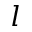
l